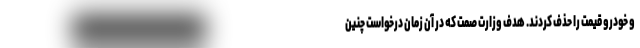
و خودرو قیمت را حذف کردند. هدف وزارت صمت که در آن زمان درخواست چنین